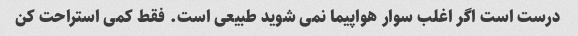
درست است اگر اغلب سوار هواپیما نمی شوید طبیعی است. فقط کمی استراحت کن